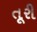
તૂરી